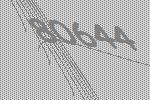
80644